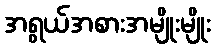
အရွယ်အစားအမျိုးမျိုး